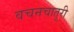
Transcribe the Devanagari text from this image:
वचनचातुरी